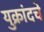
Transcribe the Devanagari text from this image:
युक्रांदचे